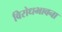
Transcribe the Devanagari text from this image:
विरोधभावना